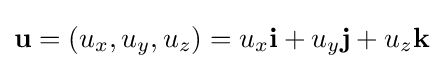
\mathbf {u} =(u_{x},u_{y},u_{z})=u_{x}\mathbf {i} +u_{y}\mathbf {j} +u_{z}\mathbf {k}